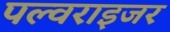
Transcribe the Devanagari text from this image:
पल्वराइजर